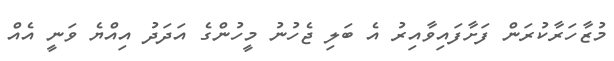
މުޒާހަރާކުރަން ފަށާފައިވާއިރު އެ ބަލި ޖެހުނު މީހުންގެ އަދަދު އިއްޔެ ވަނީ އެއް